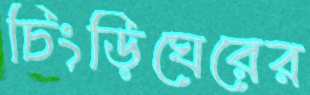
চিংড়িঘেরের